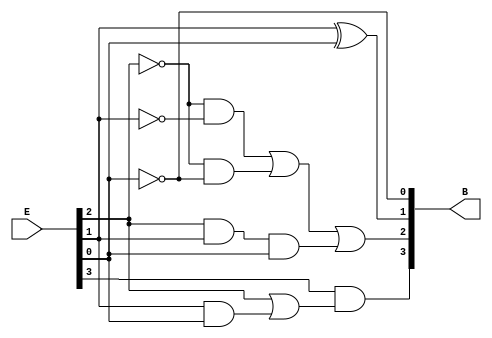
module BCD(B,E);

input [3:0] E;
output [3:0] B;

assign B[0]=~E[0];
assign B[1]=E[1]^E[0];
assign B[2]=((~E[2]&~E[1])|(~E[2]&~E[0])|(E[2]&E[1]&E[0]));
assign B[3]=(E[3]&(E[2]|(E[1]&E[0])));


endmodule